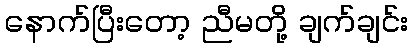
နောက်ပြီးတော့ ညီမတို့ ချက်ချင်း